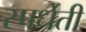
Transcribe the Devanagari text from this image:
स्पर्धेती